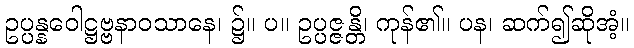
ဥပ္ပန္နဝေါဋ္ဌဗ္ဗနာဝသာနေ၊ ၌။ ပ။ ဥပ္ပဇ္ဇန္တိ၊ ကုန်၏။ ပန၊ ဆက်၍ဆိုအံ့။